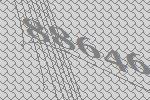
88646